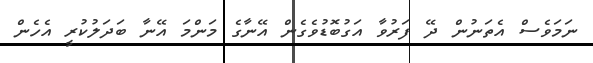
ނަމަވެސް އެތަނުން ދޭ ފަރުވާ އަގުބޮޑުވެގެން އޭނާގެ މަންމަ އޭނާ ބަދަލުކުރީ އެެހެން